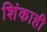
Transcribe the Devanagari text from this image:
शिंकाही